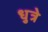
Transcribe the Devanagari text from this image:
धुत्रे